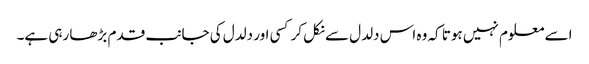
اسے معلوم نہیں ہوتا کہ وہ اس دلدل سے نکل کر کسی اور دلدل کی جانب قدم بڑھا رہی ہے۔